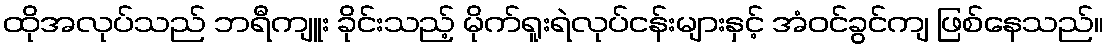
ထိုအလုပ်သည် ဘရီကျူး ခိုင်းသည့် မိုက်ရူးရဲလုပ်ငန်းများနှင့် အံဝင်ခွင်ကျ ဖြစ်နေသည်။